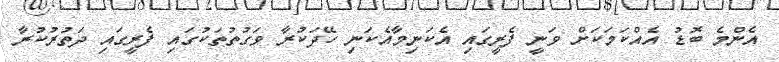
އެންމެ ބޮޑު އެއްކަމަކަށް ވަނީ ފެރީގައި އެކަނިމާއެކަނި ހޭދަކުރާ ވަގުތުތަކުގައި ފެރީގައި ދަތުރުކުރާ